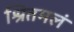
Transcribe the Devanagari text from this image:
श्रितमलं